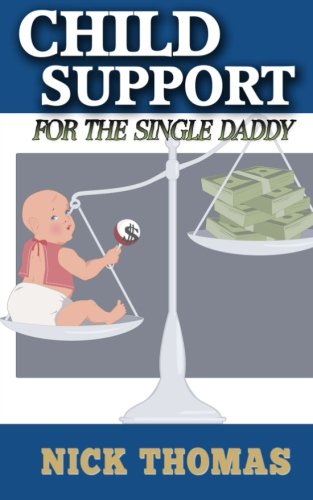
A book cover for Child Support For The Single Daddy: Understanding Child Support And How To Avoid Paying Excessive Amounts; Nick Thomas; Law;